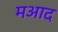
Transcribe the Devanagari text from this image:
मआद